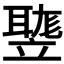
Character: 𥪻